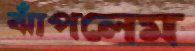
ঝাঁপলেম